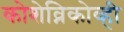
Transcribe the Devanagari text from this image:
कोशेव्निकोव्ही